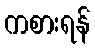
ကစားရန်